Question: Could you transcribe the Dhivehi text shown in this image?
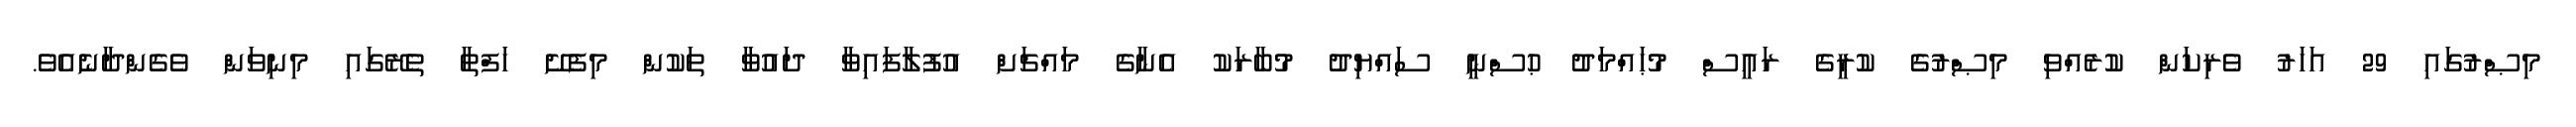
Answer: މިޞްރުގައި 29 އަހަރު ވެރިކަން ކުރެއްވި މިޞްރުގެ ކުރީގެ ރައީސް މުޙައްމަދު ޙުސްނީ ސައްޔިދު މުބާރަކު އެނާގެ މައްޗަށް އުފުލާފައިވާ ދައުވާ ތަކުން މިފެށޭ ހަފްތާ ތެރޭގައި މިނިވަން ވެގެންދާނެއެވެ.